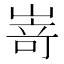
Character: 嵜